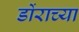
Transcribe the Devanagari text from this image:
डोंराच्या